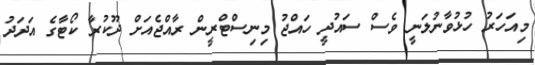
މިއަހަރު ހުޅުވާނުލަނީ ވެސް ސައުދީ ހައްޖު މިނިސްޓްރީން ރާއްޖެއަށް ދޫކުރާ ކޯޓާގެ އަދަދު